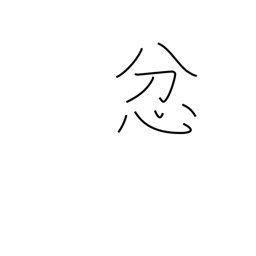
Meaning: be angry